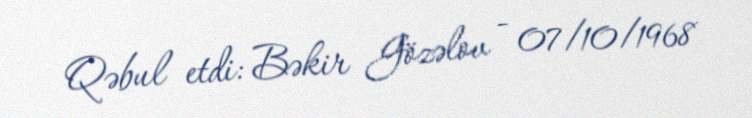
Qəbul etdi: Bəkir Gözəlov - 07/10/1968